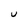
Character: u